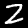
Digit: 2